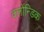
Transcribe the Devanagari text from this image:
क्लोंन्डिक